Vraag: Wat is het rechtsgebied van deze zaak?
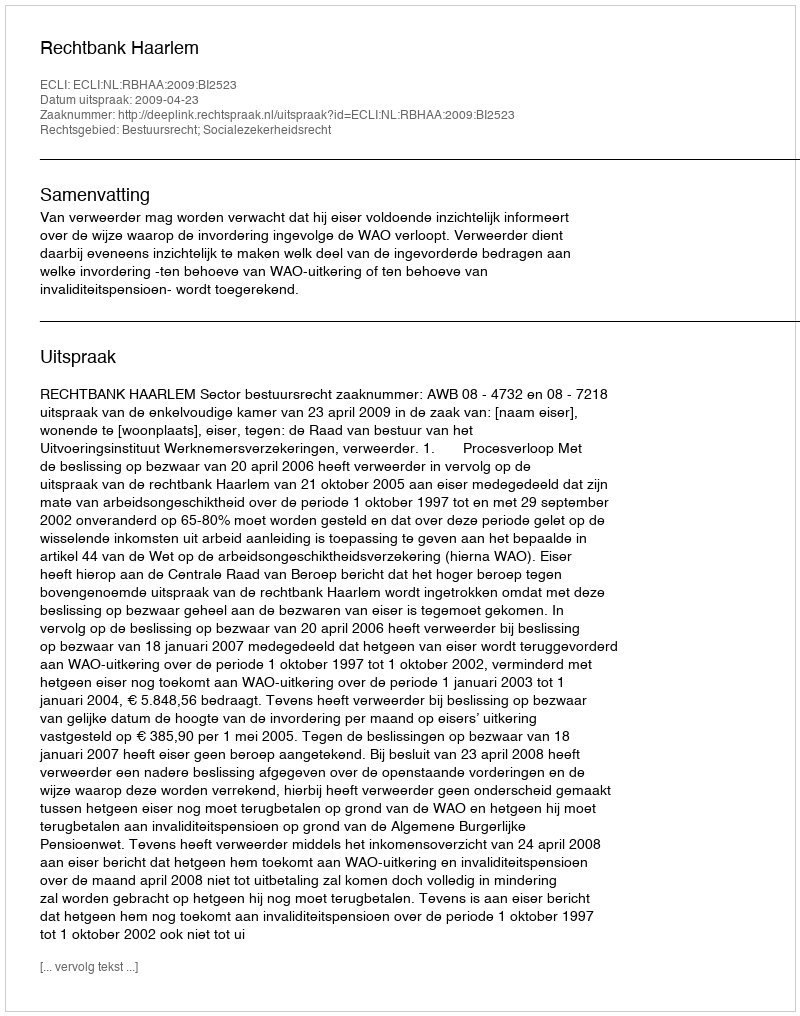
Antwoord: Bestuursrecht; Socialezekerheidsrecht